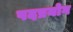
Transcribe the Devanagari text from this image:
पदप्रयोग